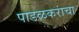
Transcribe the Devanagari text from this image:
पाडळकरांचा